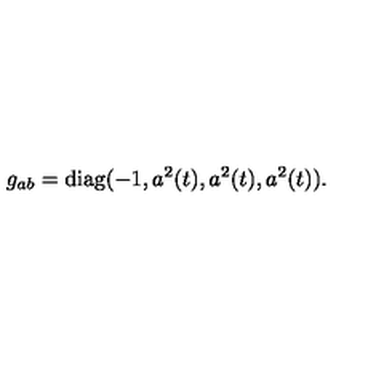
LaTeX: g _ { a b } = \mathrm { d i a g } ( - 1 , a ^ { 2 } ( t ) , a ^ { 2 } ( t ) , a ^ { 2 } ( t ) ) .